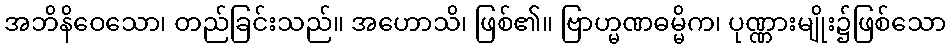
အဘိနိဝေသော၊ တည်ခြင်းသည်။ အဟောသိ၊ ဖြစ်၏။ ဗြာဟ္မဏဓမ္မိက၊ ပုဏ္ဏားမျိုး၌ဖြစ်သော